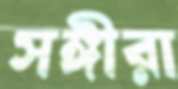
সঙ্গীরা